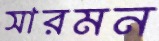
সারমন